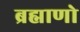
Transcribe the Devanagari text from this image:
ब्रह्माणो